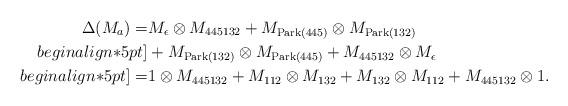
LaTeX: \begin{align*}\Delta(M_a)=&M_{\epsilon}\otimes M_{445132}+M_{{\rm Park}(445)}\otimes M_{{\rm Park}(132)}\\begin{align*}5pt]&+M_{{\rm Park}(132)}\otimes M_{{\rm Park}(445)}+M_{445132}\otimes M_{\epsilon}\\begin{align*}5pt]=&1\otimes M_{445132}+M_{112}\otimes M_{132}+M_{132}\otimes M_{112}+M_{445132}\otimes 1.\end{align*}